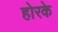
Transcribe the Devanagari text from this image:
होरके